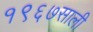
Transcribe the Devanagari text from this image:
१९६७साली